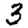
Digit: 3